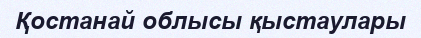
Қостанай облысы қыстаулары